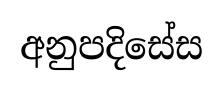
අනුපදිසේස